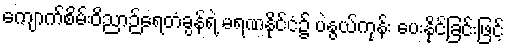
ကျောက်စိမ်းဝိညာဉ်ရေတံခွန်ရဲ့ မရဏနိုင်ငံ၌ ပဲနွယ်ကုန်း ပေးနိုင်ခြင်းဖြင့်